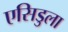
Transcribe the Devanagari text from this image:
एसिडुला